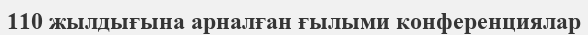
110 жылдығына арналған ғылыми конференциялар